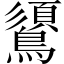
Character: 𪆦